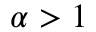
\alpha > 1